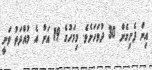
އިން ފެށިގެން 30 ދުވަހަށެވެ. މިމަހުގެ 19 އަށް އެ މުއްދަތު ވަނީ